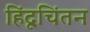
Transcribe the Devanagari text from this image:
हिंदूचिंतन